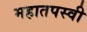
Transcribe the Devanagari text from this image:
महातपस्वी